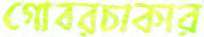
গোবরচাকার